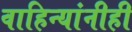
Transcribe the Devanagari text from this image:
वाहिन्यांनीही